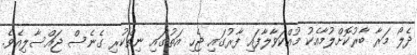
ދެލޯ މަރާ ބާރުކޮށްލުމާއެކު މުއްކަވާލާފައި ފާރުގައި ޖެހި އަތުގައި ނިތްކުރި ގެނެސް ޖައްސާލިއެވެ.